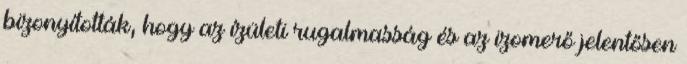
bizonyították, hogy az ízületi rugalmasság és az izomerő jelentősen